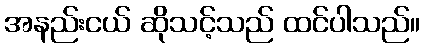
အနည်းငယ် ဆိုသင့်သည် ထင်ပါသည်။